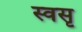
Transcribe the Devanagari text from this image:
स्वसृ